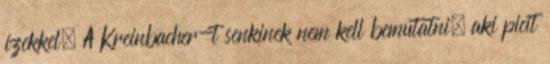
ízekkel. A Kreinbacher-t senkinek nem kell bemutatni, aki picit